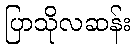
ပြာသိုလဆန်း